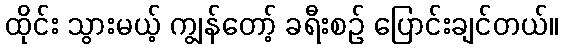
ထိုင်း သွားမယ့် ကျွန်တော့် ခရီးစဉ် ပြောင်းချင်တယ်။